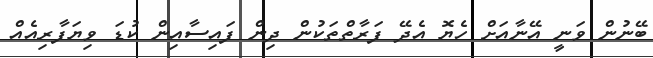
ބޭނުން ވަނީ އޭނާއަށް ހެޔޮ އެދޭ ފަރާތްތަކުން ދިން ފައިސާއިން ކުޑަ ވިޔަފާރިއެއް